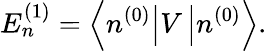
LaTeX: E_{n}^{(1)}=\left\langle n^{(0)}\right|V\left|n^{(0)}\right\rangle.